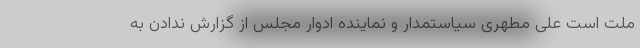
ملت است علی مطهری سیاستمدار و نماینده ادوار مجلس از گزارش ندادن به